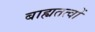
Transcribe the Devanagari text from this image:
बाह्यतत्वों